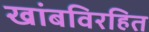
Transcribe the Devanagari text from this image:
खांबविरहित